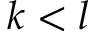
k < l